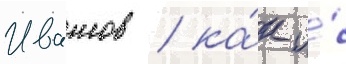
Ивашов / ка́к и́